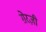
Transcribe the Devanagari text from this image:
ग़ेरज़ी